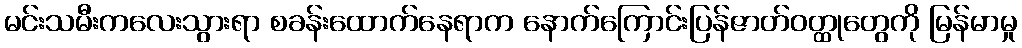
မင်းသမီးကလေးသွားရာ စခန်းထောက်နေရာက နောက်ကြောင်းပြန်ဇာတ်ဝတ္ထုတွေကို မြန်မာမှု